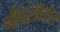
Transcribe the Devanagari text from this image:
नीदरलैंडी।